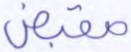
مقبض